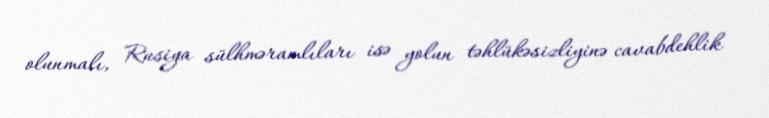
olunmalı, Rusiya sülhməramlıları isə yolun təhlükəsizliyinə cavabdehlik